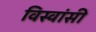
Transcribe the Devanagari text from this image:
विस्‍वांसी